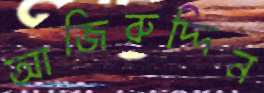
আজিরুদ্দিন